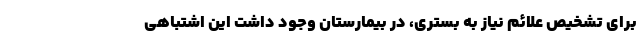
برای تشخیص علائم نیاز به بستری، در بیمارستان وجود داشت این اشتباهی